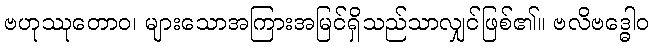
ဗဟုဿုတောဝ၊ များသောအကြားအမြင်ရှိသည်သာလျှင်ဖြစ်၏။ ဗလိဗဒ္ဓေါဝ